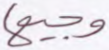
وجيها